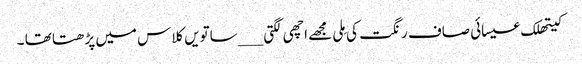
کیتھلک عیسائی صاف رنگت کی مِلی مجھے اچھی لگتی ___ساتویں کلاس میں پڑھتا تھا ۔